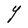
Character: Y